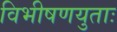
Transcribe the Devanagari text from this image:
विभीषणयुताः